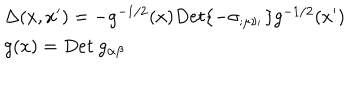
LaTeX: \begin{array} { l l } { { \Delta ( x , x ^ { \prime } ) = - g ^ { - 1 / 2 } ( x ) D e t \{ - \sigma _ { ; \mu \nu _ { ' } } \} g ^ { - 1 / 2 } ( x ^ { \prime } ) } } \\ { { g ( x ) = D e t ~ g _ { \alpha \beta } } } \\ \end{array}